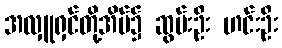
အလှူရှင်တို့အိမ်၌ ဆွမ်းဦး ဟင်းဦး